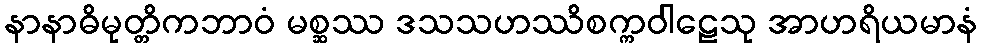
နာနာဓိမုတ္တိကဘာဝံ မစ္ဆဿ ဒသသဟဿိစက္ကဝါဠေသု အာဟရိယမာနံ